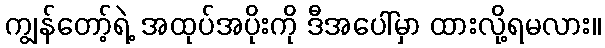
ကျွန်တော့်ရဲ့ အထုပ်အပိုးကို ဒီအပေါ်မှာ ထားလို့ရမလား။